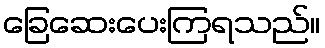
ခြေဆေးပေးကြရသည်။